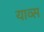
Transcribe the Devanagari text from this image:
याव्स